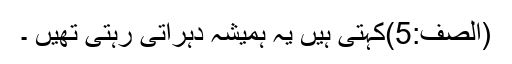
(الصف:5)کہتی ہیں یہ ہمیشہ دہراتی رہتی تھیں ۔